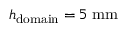
h _ { \mathrm { d o m a i n } } = 5 \; \mathrm { m m }